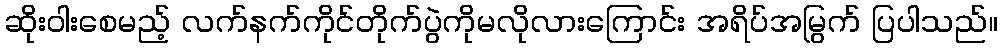
ဆိုးဝါးစေမည့် လက်နက်ကိုင်တိုက်ပွဲကိုမလိုလားကြောင်း အရိပ်အမြွက် ပြပါသည်။